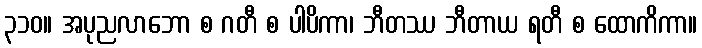
၃၁၀။ အပုညလာဘော စ ဂတီ စ ပါပိကာ၊ ဘီတဿ ဘီတာယ ရတီ စ ထောကိကာ။